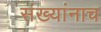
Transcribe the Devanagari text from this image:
संख्यांनाच